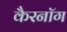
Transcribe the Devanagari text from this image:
कैरनॉग